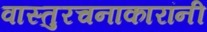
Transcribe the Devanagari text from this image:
वास्तुरचनाकारांनी